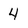
Character: 4